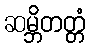
ဆမ္ဘိတတ္တံ